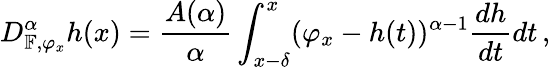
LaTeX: D_{\mathbb{F},\varphi_{x}}^{\alpha}h(x)=\frac{A(\alpha)}{\alpha}\int_{x-\delta}^{x}(\varphi_{x}-h(t))^{\alpha-1}\frac{dh}{dt}dt\, ,